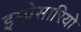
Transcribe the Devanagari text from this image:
इम्प्रेसारियो